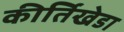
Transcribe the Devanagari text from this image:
कीर्तिखेडा